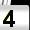
Digit: 4